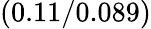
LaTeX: (0.11/0.089)